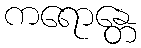
ကရောန္တေ